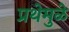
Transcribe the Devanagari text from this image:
प्रथेमुळे